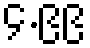
၄.၉၉